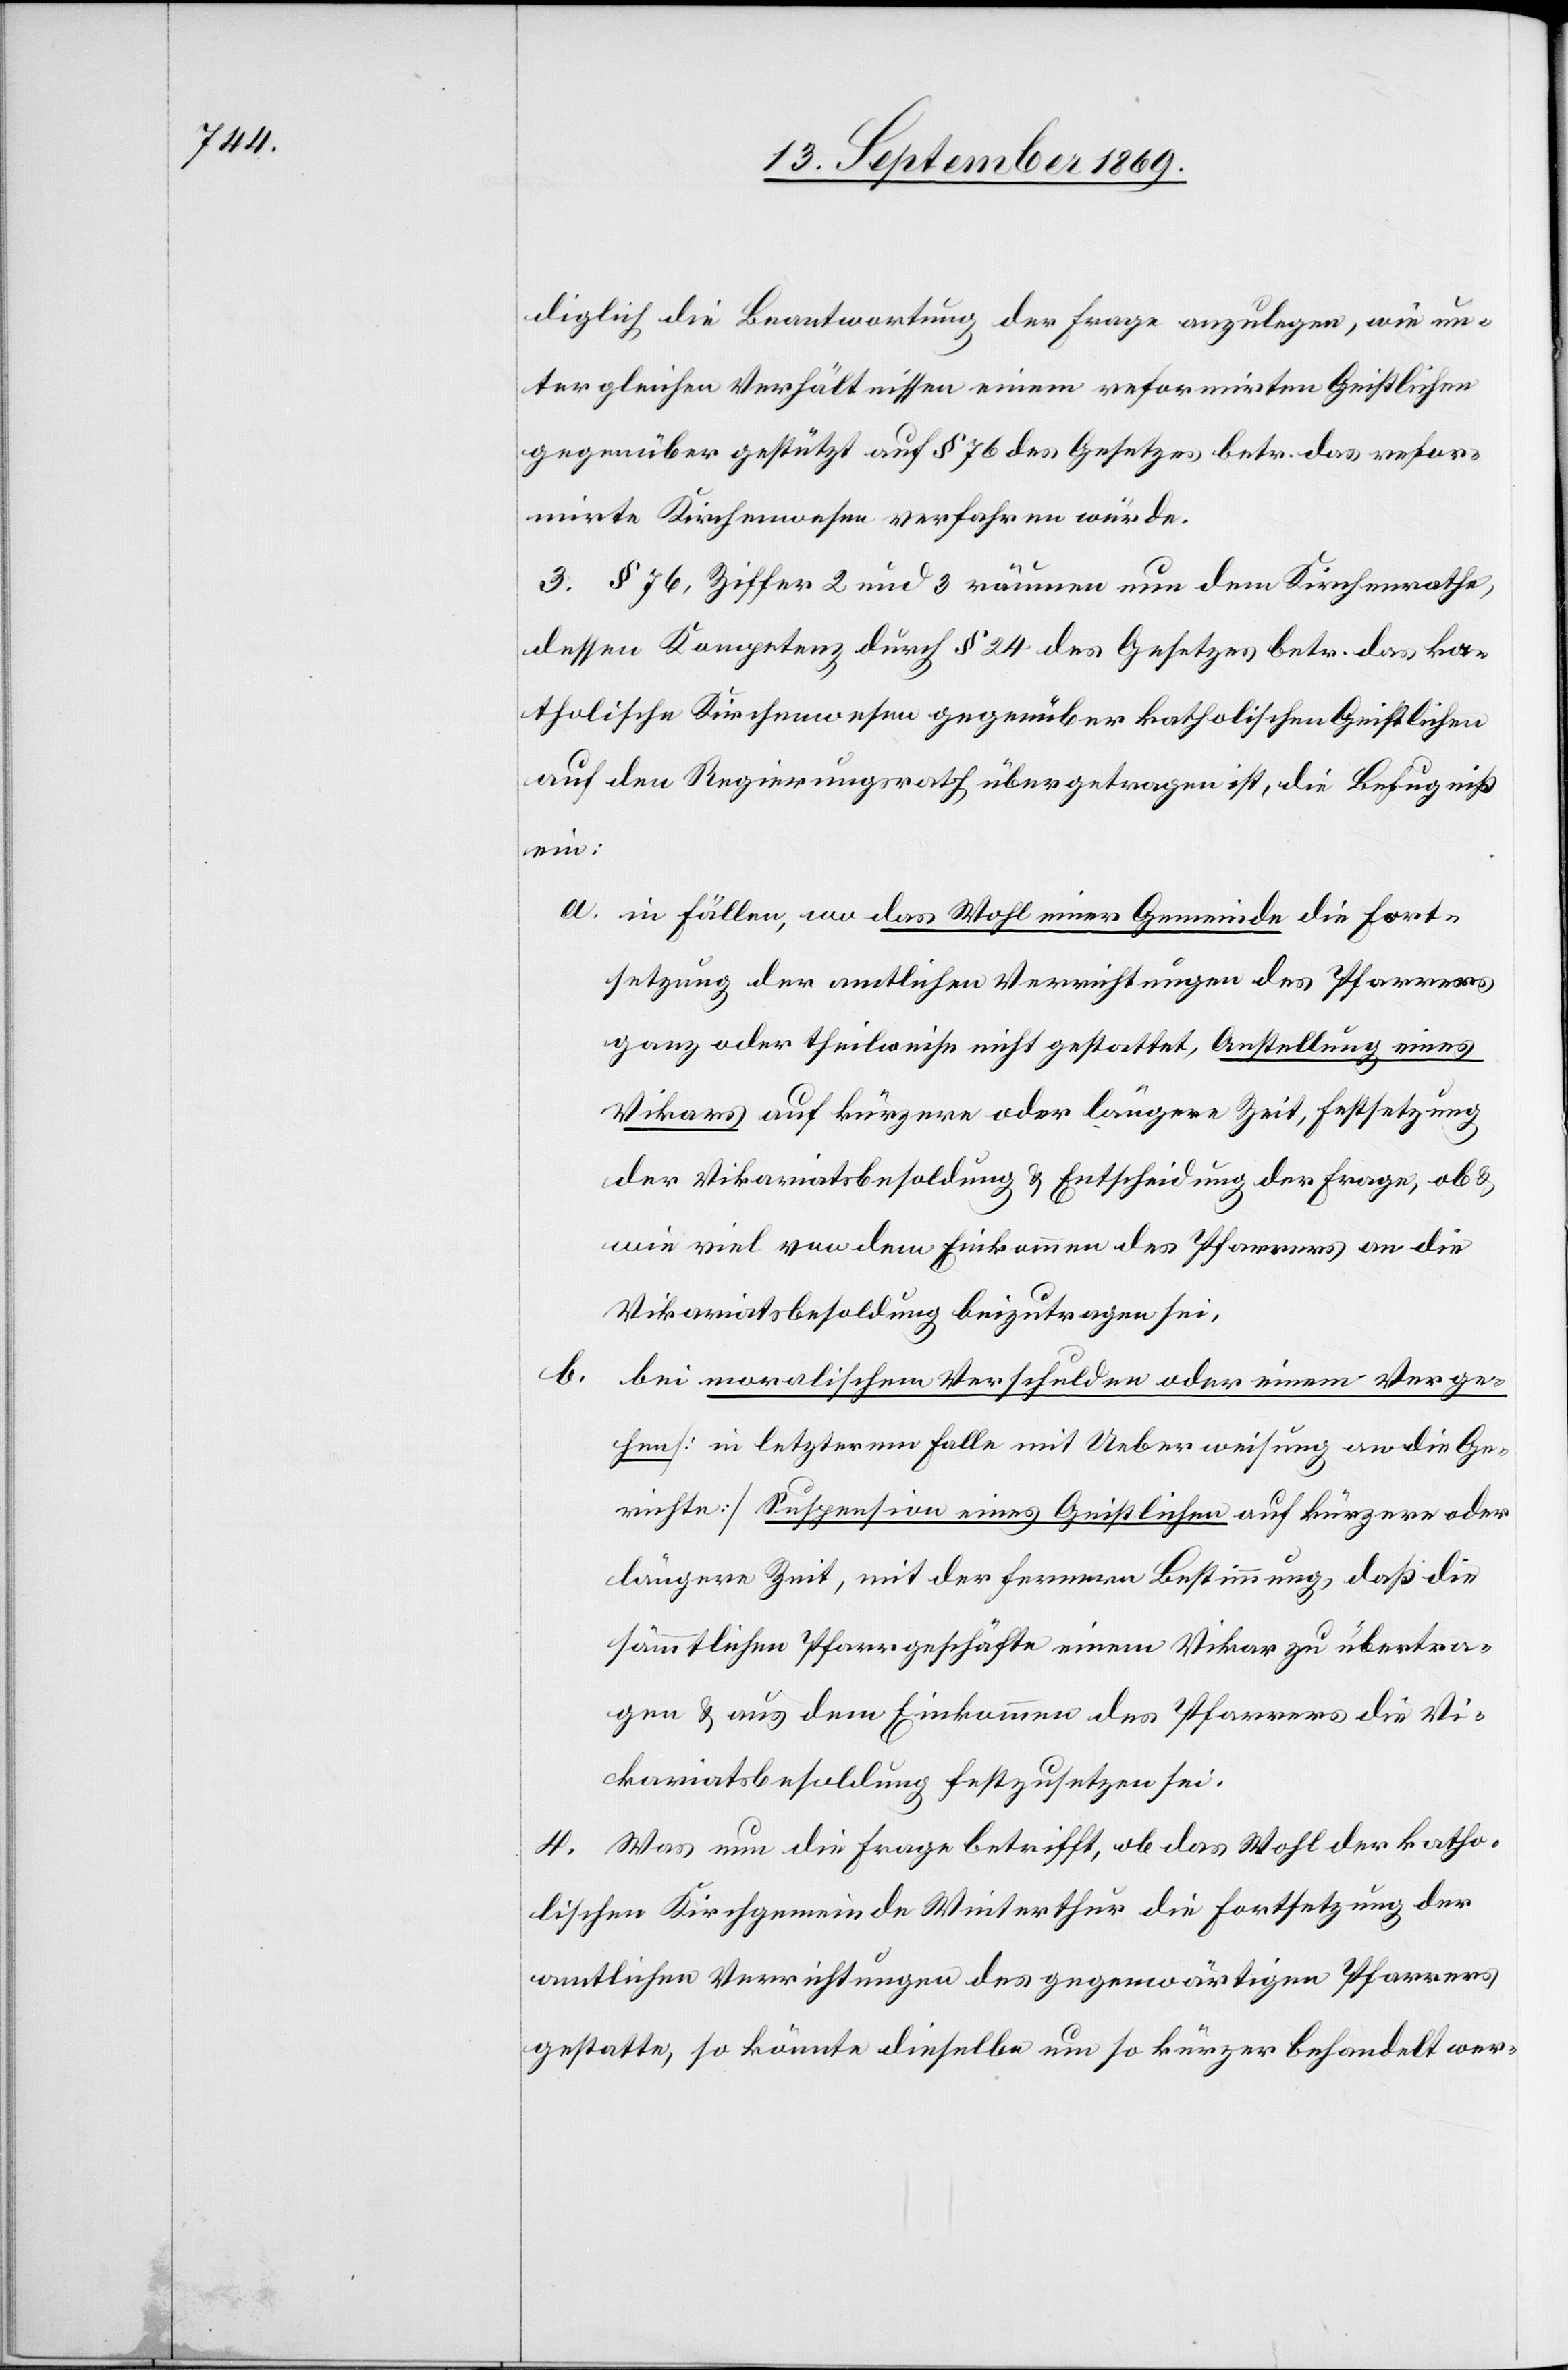
diglich die Beantwortung der Frage anzulegen, wie un¬
ter gleichen Verhältnissen einem reformirten Geistlichen
gegenüber gestützt auf § 76 des Gesetzes betr. das refor¬
mirte Kirchenwesen verfahren würde.
3. § 76, Ziffer 2 und 3 räumen nun dem Kirchenrathe,
dessen Kompetenz durch § 24 des Gesetzes betr. das ka¬
tholische Kirchenwesen gegenüber katholischen Geistlichen
auf den Regierungsrath übergetragen ist, die Befugniß
ein:
a. in Fällen, wo das Wohl einer Gemeinde die Fort¬
setzung der amtlichen Verrichtungen des Pfarrers
ganz oder theilweise nicht gestatte, Anstellung eines
Vikars auf kürzere oder längere Zeit, Festsetzung
der Vikariatsbesoldung & Entscheidung der Frage, ob &
wie viel von dem Einkommen des Pfarrers an die
Vikariatsbesoldung beizutragen sei,
b. bei moralischem Verschulden oder einem Verge¬
hen [in letzterem Falle mit Ueberweisung an die Ge¬
richte] Suspension eines Geistlichen auf kürzere oder
längere Zeit, mit der fernern Bestimmung, daß die
sämmtlichen Pfarrgeschäfte einem Vikar zu übertra¬
gen & aus dem Einkommen des Pfarrers die Vi¬
kariatsbesoldung festzusetzen sei.
4. Was nun die Frage betrefft, ob das Wohl der katho¬
lischen Kirchgemeinde Winterthur die Fortsetzung der
amtlichen Verrichtungen des gegenwärtigen Pfarrers
gestatte, so könnte dieselbe um so kürzer behandelt wer-